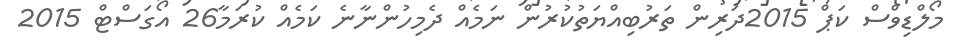
މޯލްޑިވްސް ކަޕް 2015ދަރިން ތަރުބިއްޔަތުކުރުން ނަމެއް ދެމިހުންނާނެ ކަމެއް ކުރަމާ26 އޯގަސްޓް 2015